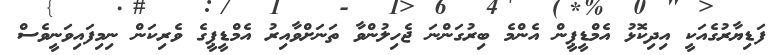
ފަޑިޔާރުގެއަކީ އިދިކޮޅު އެމްޑީޕީން އެންމެ ބިރުގަންނަ ޖެހިލުންވާ ތަނަށްވާއިރު އެމްޑީޕީގެ ވެރިކަން ނިމިފައިވަނީވެސް